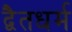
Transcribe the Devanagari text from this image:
द्वैतधर्म